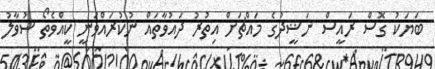
ބަޔަކު ގޮސް ރައީސް ނަޝީދުގެ މައްޗަށް އިތުރު ދައުވާތައް ނުކުރައްވަނީ ކީއްވެތޯ ސުވާލު